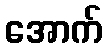
အောက်